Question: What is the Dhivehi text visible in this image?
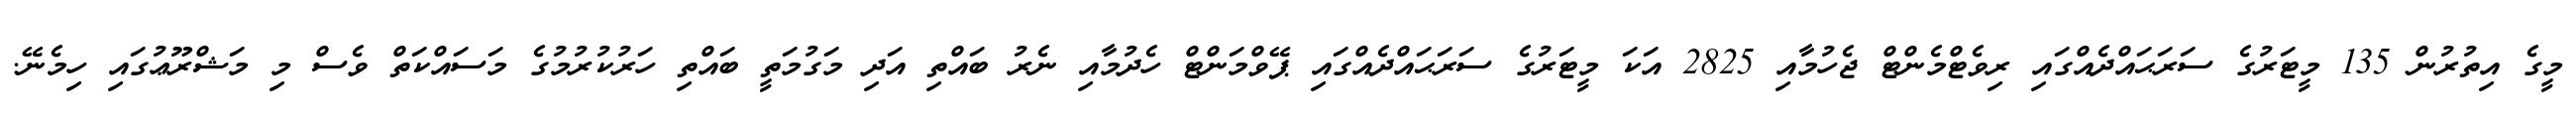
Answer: މީގެ އިތުރުން 135 މީޓަރުގެ ސަރަޙައްދެއްގައި ރިވެޓްމެންޓް ޖެހުމާއި 2825 އަކަ މީޓަރުގެ ސަރަޙައްދެއްގައި ޕޭވްމަންޓް ހެދުމާއި ނެރު ބައްތި އަދި މަގުމަތީ ބައްތި ހަރުކުރުމުގެ މަސައްކަތް ވެސް މި މަޝްރޫޢުގައި ހިމެނޭ.